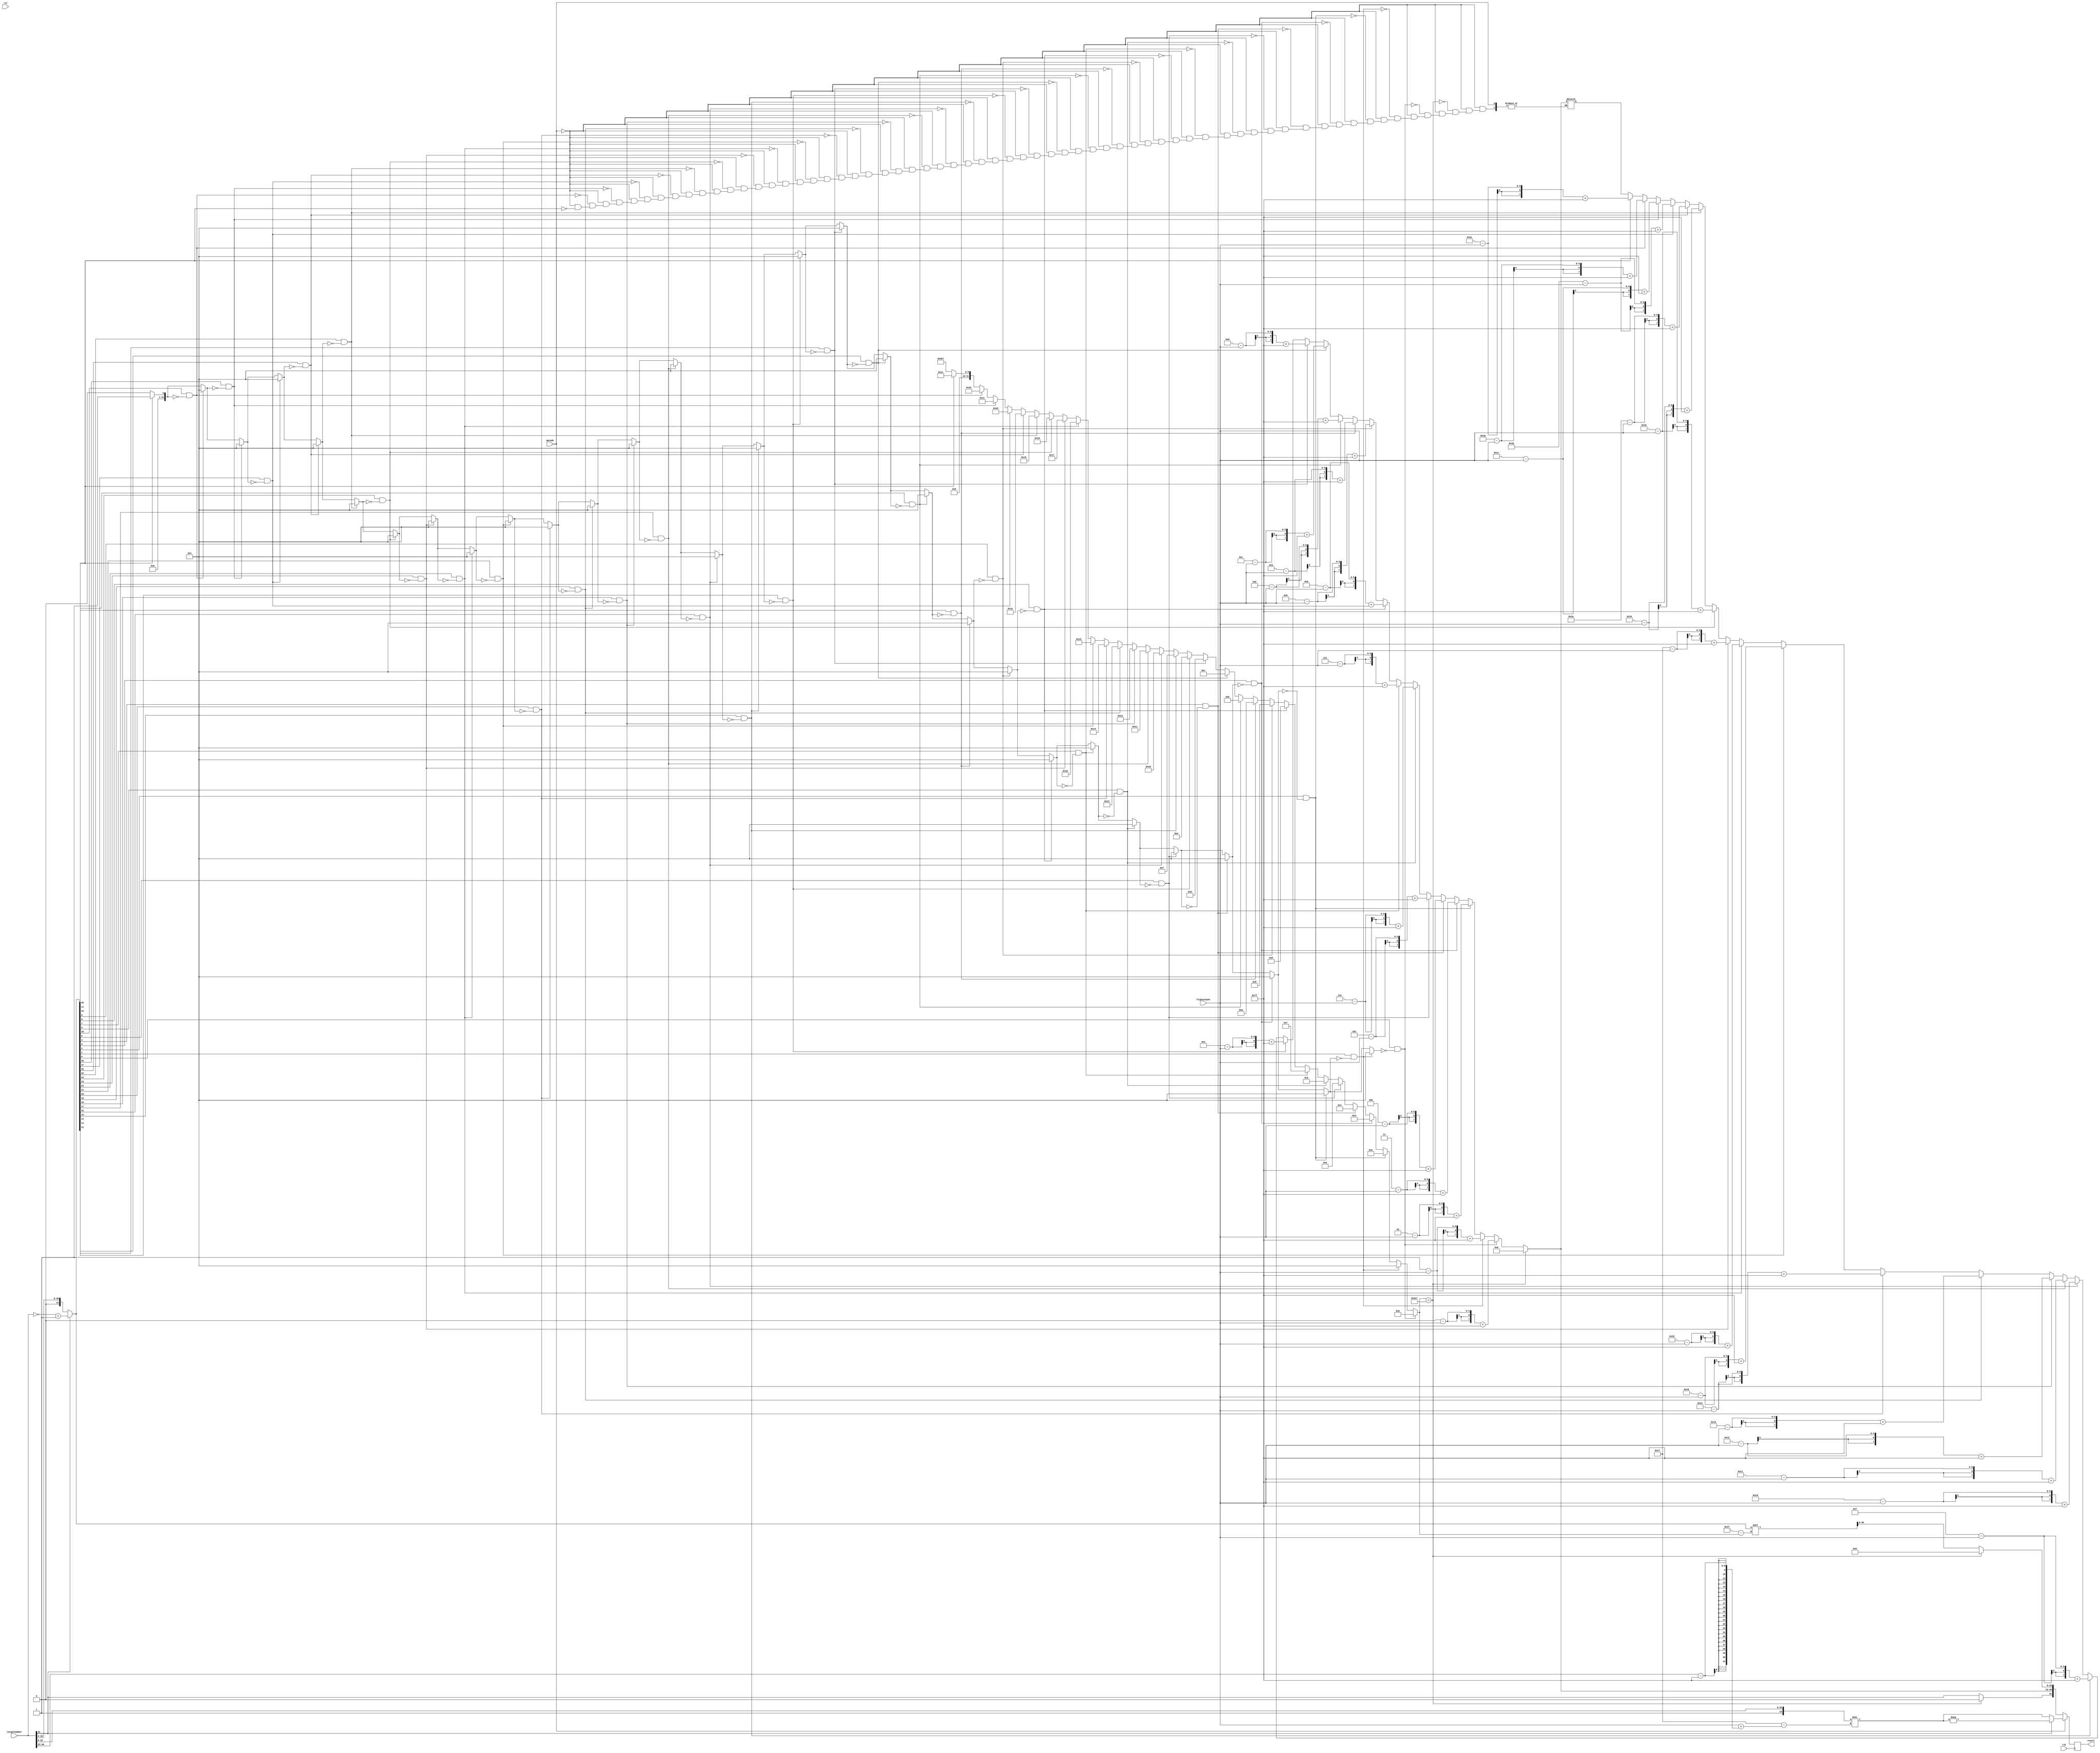
module fixedFloatConversion(
  input wire clk, 
  input wire rst , 
  input wire[31:0] targetnumber, 
  input wire[4:0] fixpointpos , 
  input wire opcode , 
  output reg[31:0] result );

reg [31:0] floatresult ; 
reg [31:0] fixresult ; 


reg [1:0] signBit;
reg [31:0] targetnumberCopy;
reg[7:0] exponent; 
integer index;
integer first1Pos;
reg [22:0] fraction; 
integer foundFirstOne;


reg sign = 0;  
integer exp2;
reg [31:0] temp; 

always @(*) begin 
	floatresult= 32'h0;
	fixresult=32'h0;

	case (opcode) 
	1'b00: begin
		foundFirstOne = 0;
		first1Pos = 999;
		targetnumberCopy = targetnumber;
		signBit = targetnumberCopy[31];
		
		if (signBit == 1) begin
			targetnumberCopy = (~targetnumberCopy) + 1;
		end

		for(index = 30; index >= 0; index = index - 1) begin
		
			if (targetnumberCopy[index] == 1 && foundFirstOne == 0) begin
				exponent = index - fixpointpos + 127;
				first1Pos = index;
				foundFirstOne = 1;
			end
		end
		
		if(first1Pos == 999) begin
			signBit = 0;
			exponent = 0;
			fraction = 0;
		end
		
		else begin
			targetnumberCopy = targetnumberCopy << (31-first1Pos);
			fraction = targetnumberCopy[31:8];		
		end
		
		floatresult = {signBit, exponent, fraction};
	end
// -------------------------------------------
// From fix to float (Part 1)
// -------------------------------------------
// Your  Implementation 

// -------------------------------------------	
// From float to fix (Part 2)
// -------------------------------------------
// Your  Implementation  
	1'b01: begin 
				
		sign = targetnumber[31];
		exp2 = targetnumber[30:23] - 127;
		temp = 1;
		temp[23] = 1;
		temp[22:0] = targetnumber[22:0];
		temp = temp >> (23 - (fixpointpos + exp2));
		
		if (sign == 1'b1) begin 
			temp=-temp;
		end
		
		fixresult= temp; 
  
  end 
  
  endcase
  end

// -------------------------------------------	
// Register the results 
// -------------------------------------------

always @ ( posedge clk ) begin 
    // Synchronous reset
    result <= opcode == 1 ?  fixresult : floatresult ;

end 
endmodule